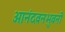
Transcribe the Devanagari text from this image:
आनंदवनभुवनी